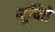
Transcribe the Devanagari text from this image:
भूषिते